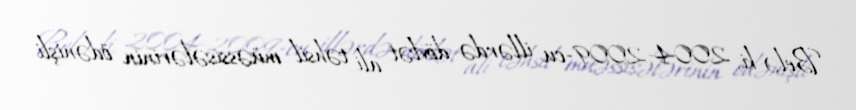
Belə ki, 2004-2009-cu illərdə dövlət ali təhsil müəssisələrinin ödənişli